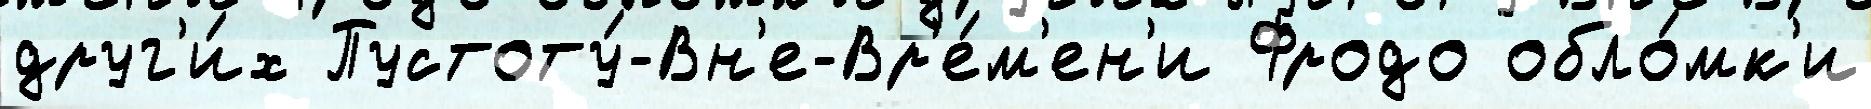
друг'и́х Пустоту́-Вн'е-Вр'е́м'ен'и Фродо обло́мк'и